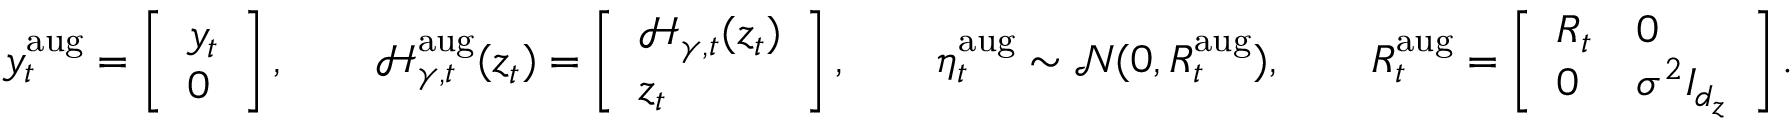
y _ { t } ^ { \mathrm { a u g } } = \left[ \begin{array} { l } { y _ { t } } \\ { 0 } \end{array} \right] , \quad \quad \mathcal { H } _ { \gamma , t } ^ { \mathrm { a u g } } ( z _ { t } ) = \left[ \begin{array} { l } { \mathcal { H } _ { \gamma , t } ( z _ { t } ) } \\ { z _ { t } } \end{array} \right] , \quad \quad \eta _ { t } ^ { \mathrm { a u g } } \sim \mathcal { N } ( 0 , R _ { t } ^ { \mathrm { a u g } } ) , \quad \quad R _ { t } ^ { \mathrm { a u g } } = \left[ \begin{array} { l l } { R _ { t } } & { 0 } \\ { 0 } & { \sigma ^ { 2 } I _ { d _ { z } } } \end{array} \right] .